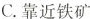
C. 靠近铁矿